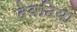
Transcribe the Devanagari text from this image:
देवढिया